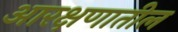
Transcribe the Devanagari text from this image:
आरक्षणातील